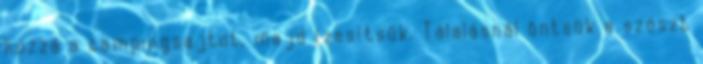
hozzá a campingsajtot, majd ízesítsük. Tálalásnál öntsük a szószt